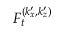
F _ { t } ^ { ( k _ { x } ^ { \prime } , k _ { z } ^ { \prime } ) }